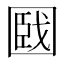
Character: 𡈑